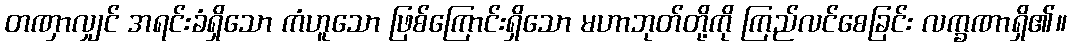
တဏှာလျှင် အရင်းခံရှိသော ကံဟူသော ဖြစ်ကြောင်းရှိသော မဟာဘုတ်တို့ကို ကြည်လင်စေခြင်း လက္ခဏာရှိ၏။